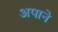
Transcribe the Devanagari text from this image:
अपाने